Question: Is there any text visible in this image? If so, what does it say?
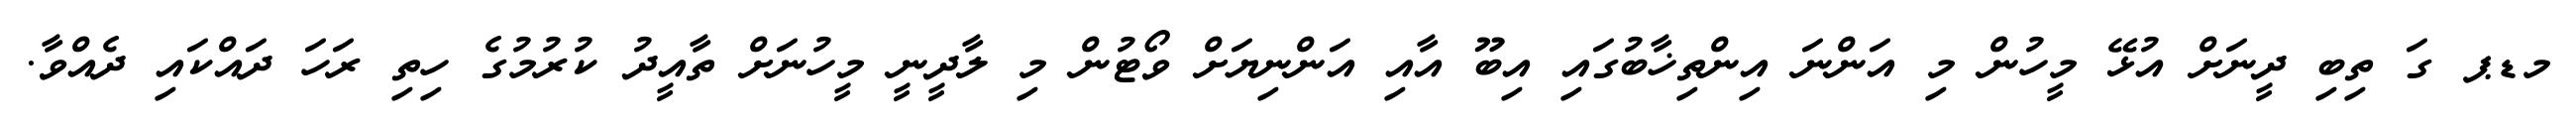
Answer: މޑޕ ގަ ތިބި ދީނަށް އުޅޭ މީހުން މި އަންނަ އިންތިޚާބުގައި އިބޫ އާއި އަންނިޔަށް ވޯޓުން މި ލާދީނީ މީހުނަށް ތާއީދު ކުރުމުގެ ހިތި ރަހަ ދައްކައި ދެއްވާ.